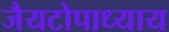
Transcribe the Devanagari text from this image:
जैयटोपाध्याय